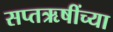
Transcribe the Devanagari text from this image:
सप्तऋषींच्या